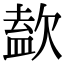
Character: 𣣹